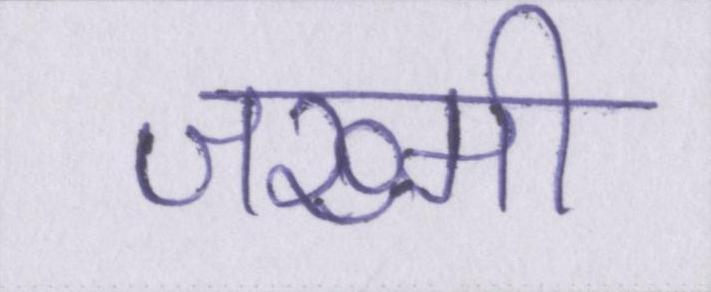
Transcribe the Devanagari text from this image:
जख्मी